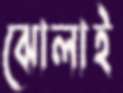
ঝোলাই